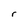
Character: r